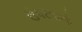
ઉપરવાળો